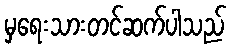
မှရေးသားတင်ဆက်ပါသည်